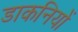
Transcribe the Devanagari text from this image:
डाकनियों